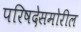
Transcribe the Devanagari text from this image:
परिषदेसमोरील